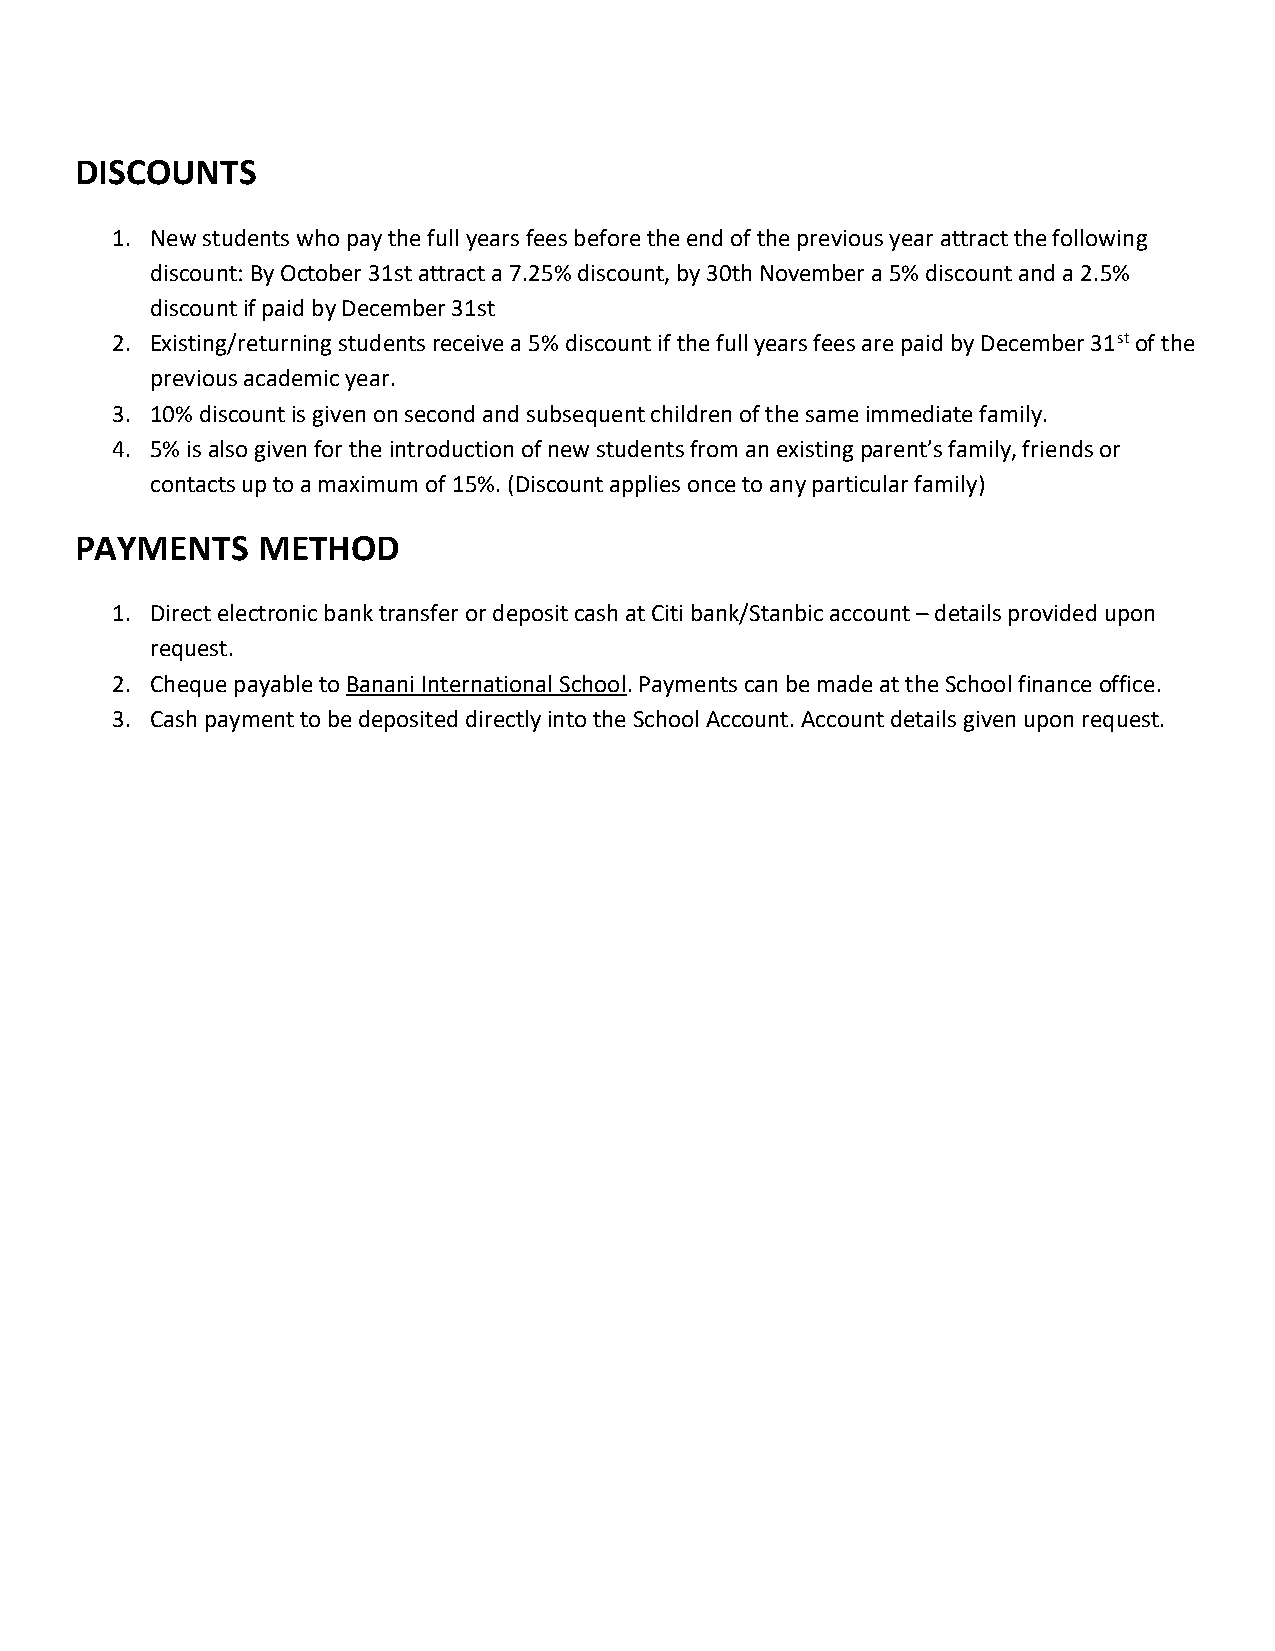
DISCOUNTS
 1. New students who pay the full years fees before the end of the previous year attract the following
 discount: By October 31st attract a 7.25% discount, by 30th November a 5% discount and a 2.5%
 discount if paid by December 31st
 2. Existing/returning students receive a 5% discount if the full years fees are paid by December 31st of the
 previous academic year.
 3. 10% discount is given on second and subsequent children of the same immediate family.
 4. 5% is also given for the introduction of new students from an existing parent’s family, friends or
 contacts up to a maximum of 15%. (Discount applies once to any particular family)
 PAYMENTS    METHOD
 1. Direct electronic bank transfer or deposit cash at Citi bank/Stanbic account – details provided upon
 request.
 2. Cheque payable to Banani International School. Payments can be made at the School finance office.
 3. Cash payment to be deposited directly into the School Account. Account details given upon request.